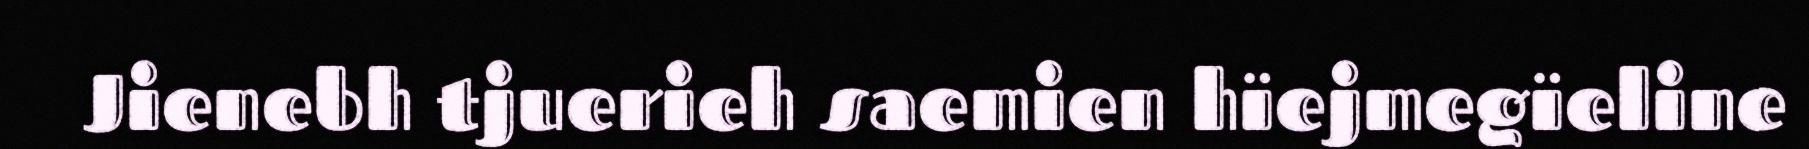
Jienebh tjuerieh saemien hïejmegïeline